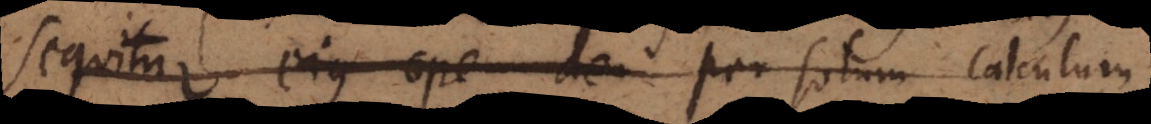
sequitur ejus ope de per solum calculum